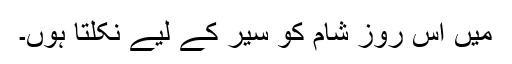
میں اس روز شام کو سیر کے لیے نکلتا ہوں۔